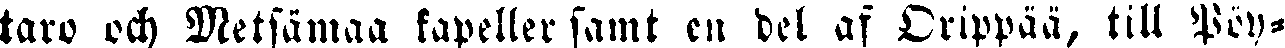
taro och Metsämaa kapeller samt en del af Orippaä, till Pöy-